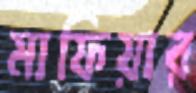
মাফিয়ার